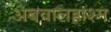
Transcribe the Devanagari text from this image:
अबवालहाश्म